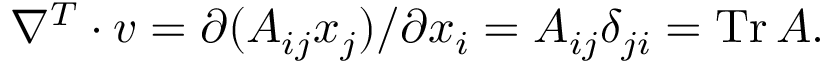
\nabla ^ { T } \cdot v = \partial ( A _ { i j } x _ { j } ) / \partial x _ { i } = A _ { i j } \delta _ { j i } = \operatorname { T r } A .